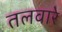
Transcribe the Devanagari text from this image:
तलवारे